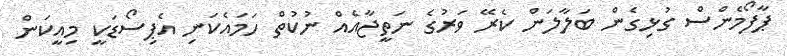
ޕާފޯމެންސް ގުޅިގެން ބަލާލަން ކެރޭ ވަރުގެ ނަތީޖާއެއް ނުކުތް ހަމައެކަނި އެޕިސޯޑަކީ މިއީކަން